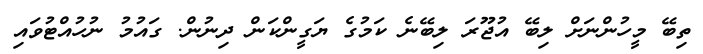
ތިބޭ މީހުންނަށް ލިބޭ އުޖޫރަ ލިބޭނެ ކަމުގެ ޔަގީންކަން ދިނުން. ގައުމު ނުހުއްޓުވައި